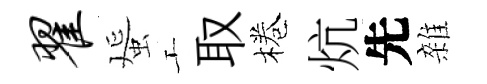
翟蜑工取棬炕先雜